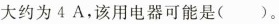
大约为4A，该用电器可能是()。